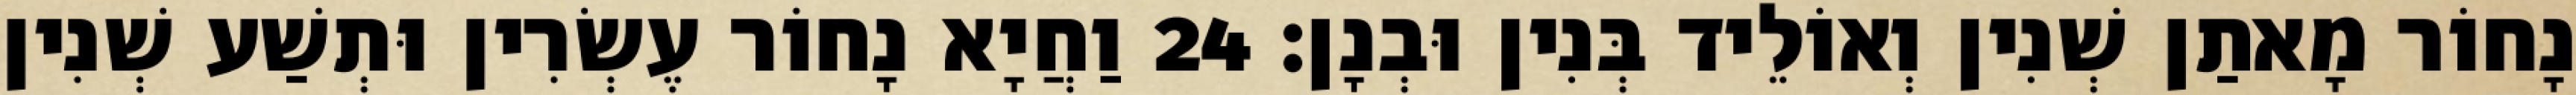
נָחוֹר מָאתַן שְׁנִין וְאוֹלֵיד בְּנִין וּבְנָן׃ 24 וַחֲיָא נָחוֹר עֶשְׂרִין וּתְשַׁע שְׁנִין